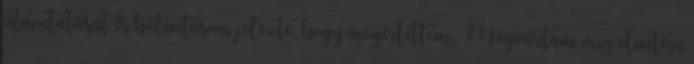
útmutatását és bólintásom jelezte, hogy megértettem. Megvártam míg elintézi